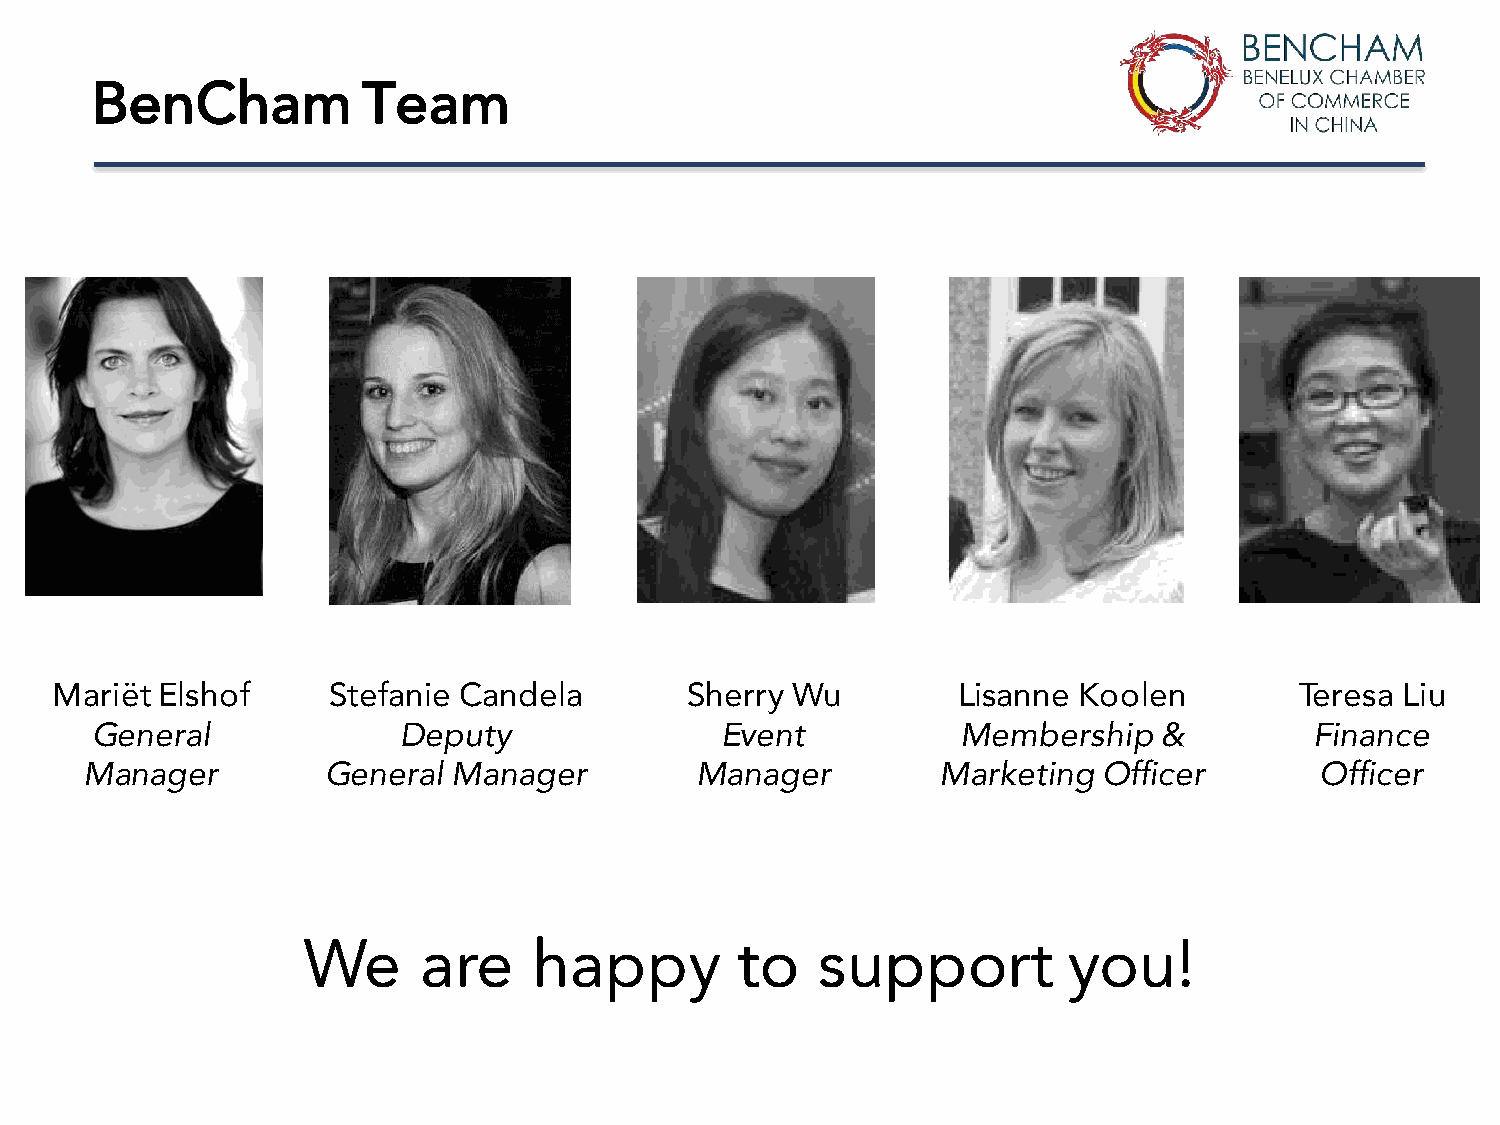
BenCham           Team
 Mariët Elshof      Stefanie Candela        Sherry Wu        Lisanne Koolen         Teresa Liu
 General             Deputy                Event           Membership   &         Finance
 Manager        General  Manager         Manager         Marketing  Officer       Officer
 We      are    happy         to   support          you!